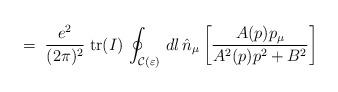
LaTeX: \begin{align*}\;=\; \frac{e^2}{(2 \pi)^2} \;{\rm tr}(I)\, \oint_{{\mathcal C}(\varepsilon)} \, dl \, {\hat n}_\mu \left[\frac{A(p) p_\mu}{A^2(p) p^2 + B^2}\right]\end{align*}